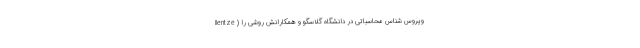
llentze ) ویروس شناس محاسباتی در دانشگاه گلاسگو و همکارانش روشی را